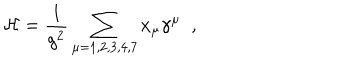
LaTeX: { \cal H } = \frac { 1 } { g ^ { 2 } } \sum _ { \mu = 1 , 2 , 3 , 4 , 7 } x _ { \mu } \gamma ^ { \mu } \; \; ,